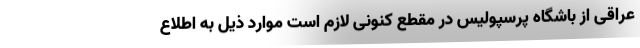
عراقی از باشگاه پرسپولیس در مقطع کنونی لازم است موارد ذیل به اطلاع